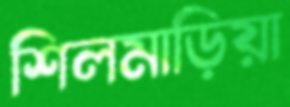
শিলমাড়িয়া